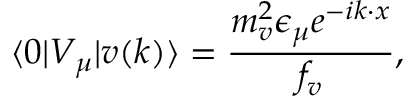
\langle 0 | V _ { \mu } | v ( k ) \rangle = \frac { m _ { v } ^ { 2 } \epsilon _ { \mu } e ^ { - i k \cdot x } } { f _ { v } } ,